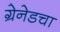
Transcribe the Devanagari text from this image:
ग्रेनेडचा